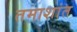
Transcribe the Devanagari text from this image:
तमाशांत